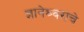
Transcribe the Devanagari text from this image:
ज्ञानेश्र्वरांचे